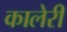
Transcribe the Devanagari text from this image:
कालेरी